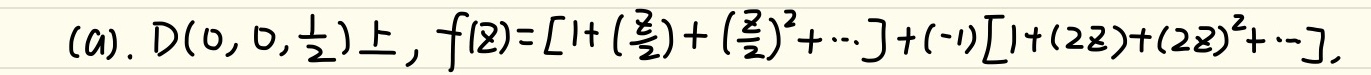
(a). 在 \(D(0,0,\frac{1}{2})\) 上，\(f(z)=\left[1+\left(\frac{z}{2}\right)+\left(\frac{z}{2}\right)^{2}+\cdots\right]+(-1)\left[1+(2z)+(2z)^{2}+\cdots\right]\)